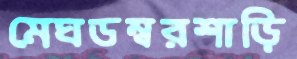
মেঘডম্বরশাড়ি